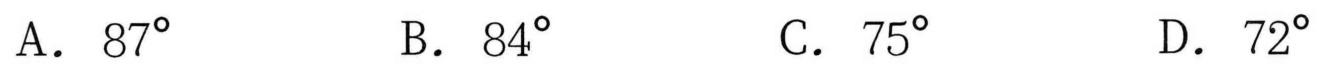
A. \(87^{\circ}\)  B. \(84^{\circ}\)  C. \(75^{\circ}\)  D. \(72^{\circ}\)